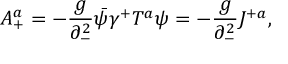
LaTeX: A _ { + } ^ { a } = - { \frac { g } { \partial _ { - } ^ { 2 } } } \bar { \psi } \gamma ^ { + } T ^ { a } \psi = - { \frac { g } { \partial _ { - } ^ { 2 } } } J ^ { + a } ,